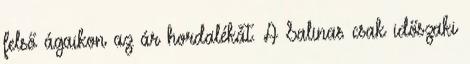
felső ágaikon az ár hordalékát. A Salinas csak időszaki